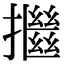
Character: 𢷖